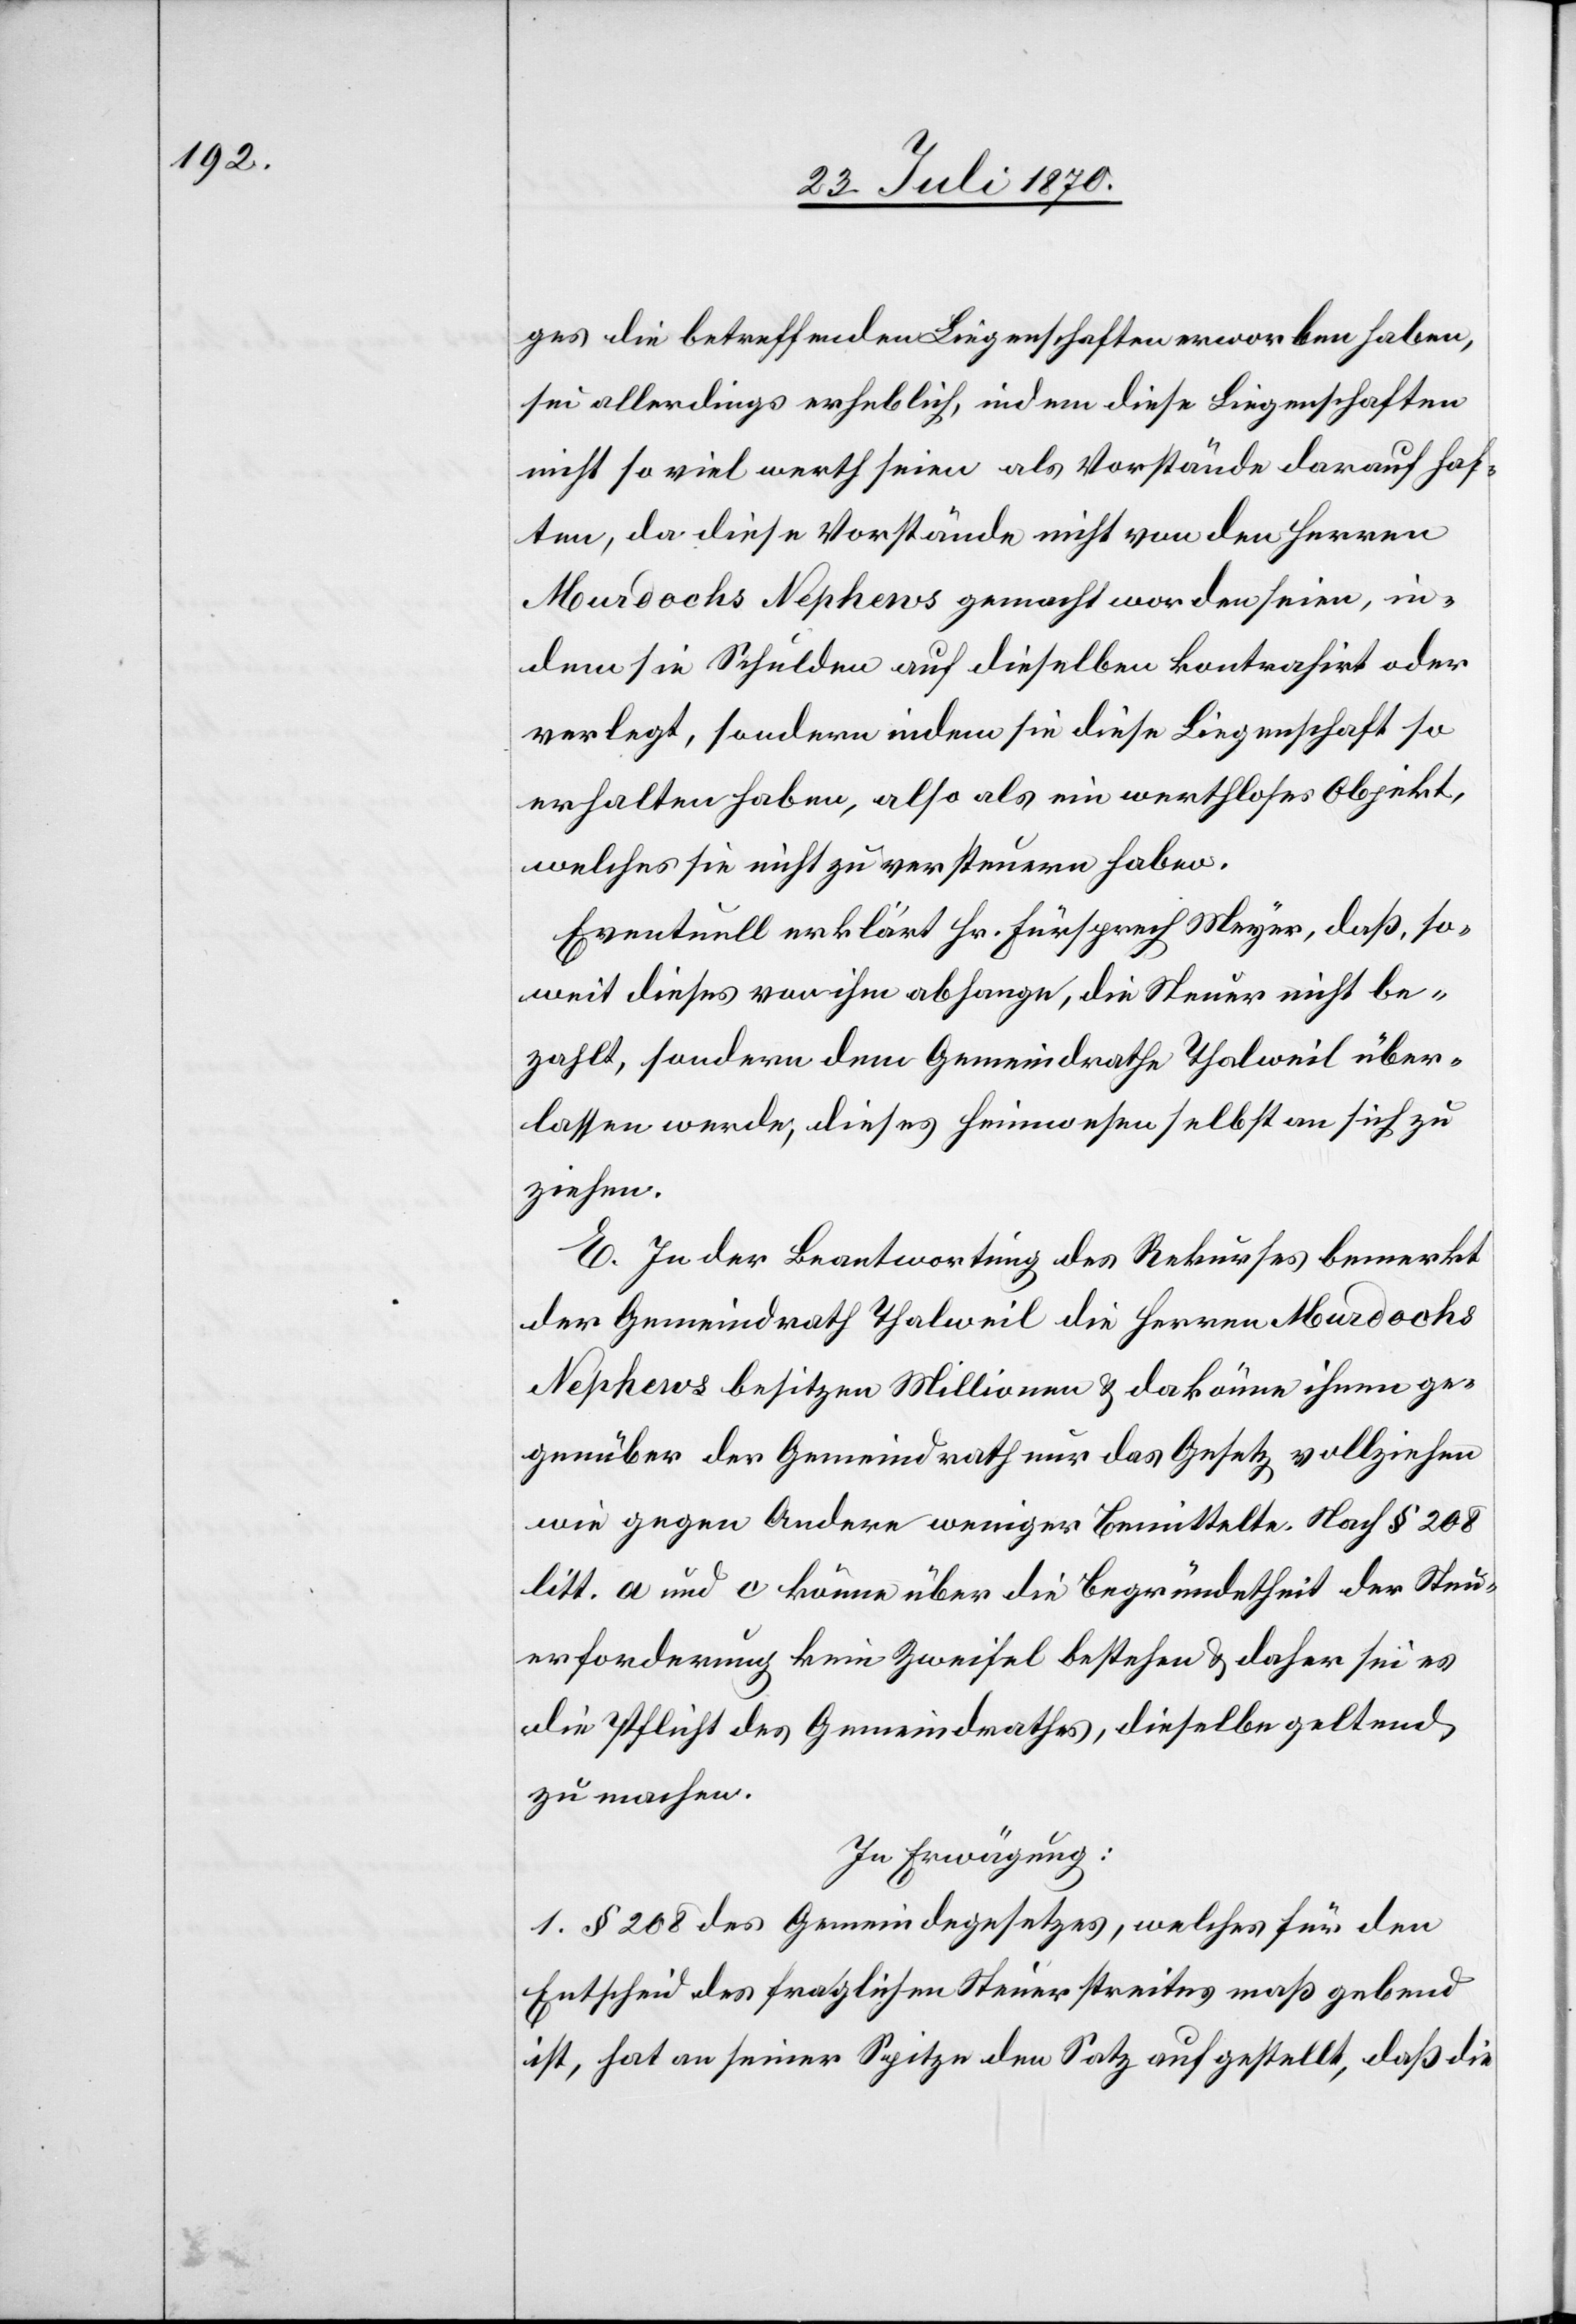
ges die betreffenden Liegenschaften erworben haben,
sei allerdings erheblich, indem diese Liegenschaften
nicht so viel werth seien als Vorstände darauf haf¬
ten, da diese Vorstände nicht von den Herren
Murdochs Nephews gemacht worden seien, in¬
dem sie Schulden auf dieselben kontrahirt oder
verlegt, sondern indem sie diese Liegenschaft so
erhalten haben, also als ein werthloses Objekt,
welches sie nicht zu versteuern haben.
Eventuell erklärt Hr. Fürsprech Meyer, daß, so¬
weit dieses von ihm abhange, die Steuer nicht be¬
zahlt, sondern dem Gemeindrathe Thalweil über¬
lassen werde, dieses Heimwesen selbst an sich zu
ziehen.
E. In der Beantwortung des Rekurses bemerkt
der Gemeindrath Thalweil die Herren Murdochs
Nephews besitzen Millionen & da könne ihnen ge¬
genüber der Gemeindrath nur das Gesetz vollziehen
wie gegen Andere weniger Bemittelte. Nach § 208
litt. a und c könne über die Begründetheit der Steu¬
erforderung keine Zweifel bestehen & daher sei es
die Pflicht des Gemeindrathes, dieselbe geltend
zu machen.
In Erwägung:
1. § 208 des Gemeindegesetzes, welches für den
Entscheid des fraglichen Steuerstreites gebend
ist, hat an seiner Spitze den Satz aufgestellt, daß die